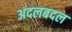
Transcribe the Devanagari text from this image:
अदलबदल